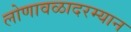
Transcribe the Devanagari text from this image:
लोणावळादरम्यान